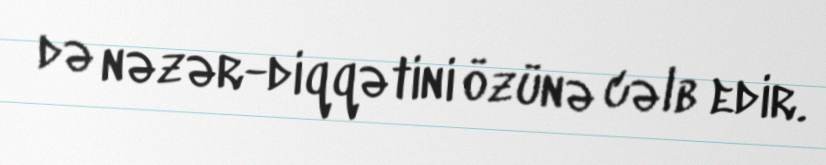
də nəzər-diqqətini özünə cəlb edir.